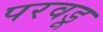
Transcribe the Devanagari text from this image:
परवडू